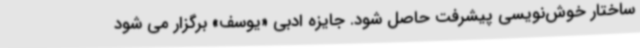
ساختار خوش‌نویسی پیشرفت حاصل شود. جایزه ادبی «یوسف» برگزار می شود